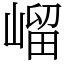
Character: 嵧